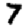
Digit: 7